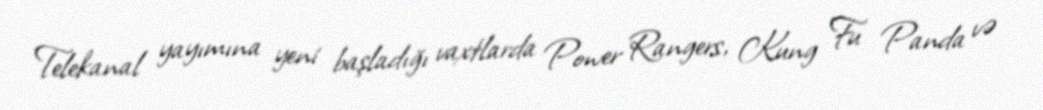
Telekanal yayımına yeni başladığı vaxtlarda Power Rangers, Kung Fu Panda və